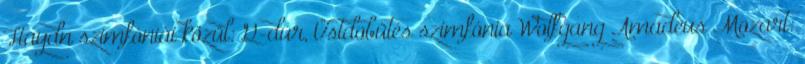
Haydn szimfóniái közül: G-dúr, Üstdobütés szimfónia Wolfgang Amadeus Mozart: